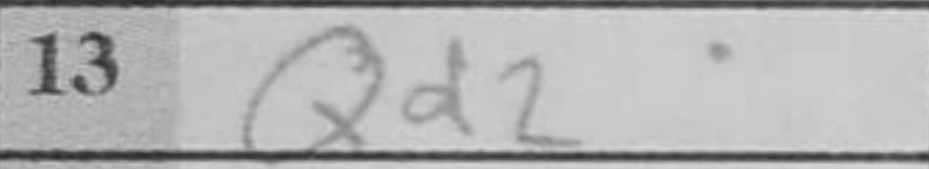
Transcription: Qd2